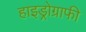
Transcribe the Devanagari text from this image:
हाइड्रोग्राफी